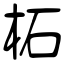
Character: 柘